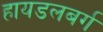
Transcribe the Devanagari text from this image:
हायडलबर्ग